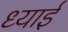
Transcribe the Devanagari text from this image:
ध्याई